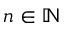
n \in \mathbb N